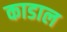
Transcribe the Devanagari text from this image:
काडाल